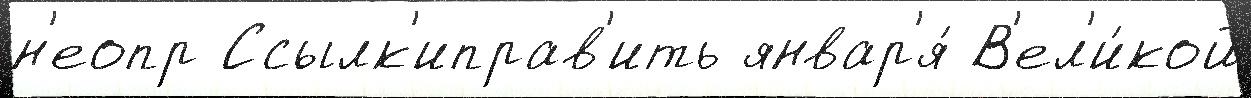
н'еопр Ссылк'иправ'ить январ'я́ В'ел'и́кой